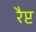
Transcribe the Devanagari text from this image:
रैप्ट